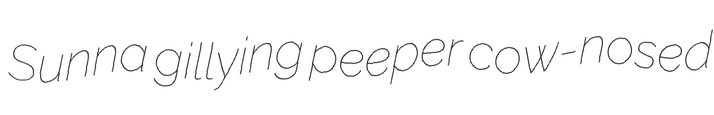
Sunna gillying peeper cow-nosed